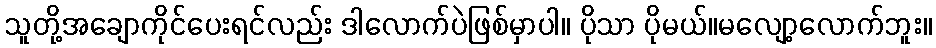
သူတို့အချောကိုင်ပေးရင်လည်း ဒါလောက်ပဲဖြစ်မှာပါ။ ပိုသာ ပိုမယ်။မလျော့လောက်ဘူး။